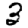
Digit: 3